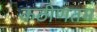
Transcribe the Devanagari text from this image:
कठीणतम